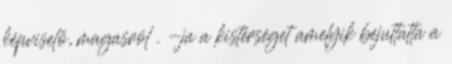
képviselő, magasról . -ja a kistérséget amelyik bejuttatta a